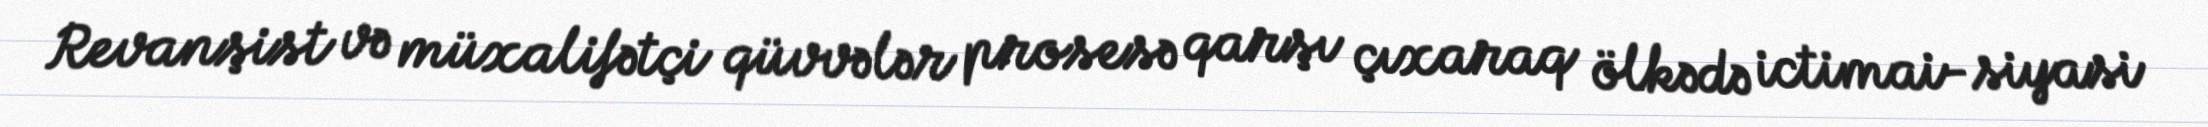
Revanşist və müxalifətçi qüvvələr prosesə qarşı çıxaraq ölkədə ictimai-siyasi